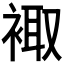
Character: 𧚥